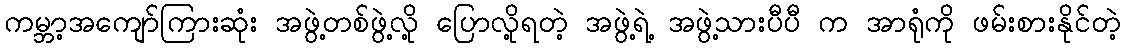
ကမ္ဘာ့အကျော်ကြားဆုံး အဖွဲ့တစ်ဖွဲ့လို့ ပြောလို့ရတဲ့ အဖွဲ့ရဲ့ အဖွဲ့သားပီပီ က အာရုံကို ဖမ်းစားနိုင်တဲ့